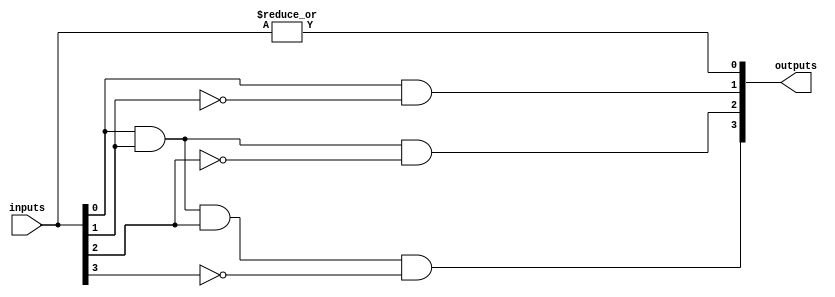
module priority_encoder_decoder (
    input [3:0] inputs,
    output [3:0] outputs
);

// Priority encoder
assign outputs[0] = |inputs; // OR gate to find if any input is high
assign outputs[1] = inputs[0] & ~inputs[1]; // Priority between input 0 and 1
assign outputs[2] = inputs[0] & inputs[1] & ~inputs[2]; // Priority between input 0, 1, and 2
assign outputs[3] = inputs[0] & inputs[1] & inputs[2] & ~inputs[3]; // Priority between input 0, 1, 2, and 3

// Decoder
assign outputs[0] = outputs[0]; // Input 0
assign outputs[1] = outputs[1]; // Input 1
assign outputs[2] = outputs[2]; // Input 2
assign outputs[3] = outputs[3]; // Input 3

endmodule